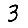
Digit: 3